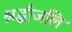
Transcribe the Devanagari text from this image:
श्रद्धाँजलि